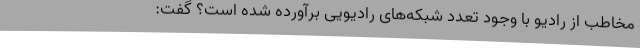
مخاطب از رادیو با وجود تعدد شبکه‌های رادیویی برآورده شده است؟ گفت: